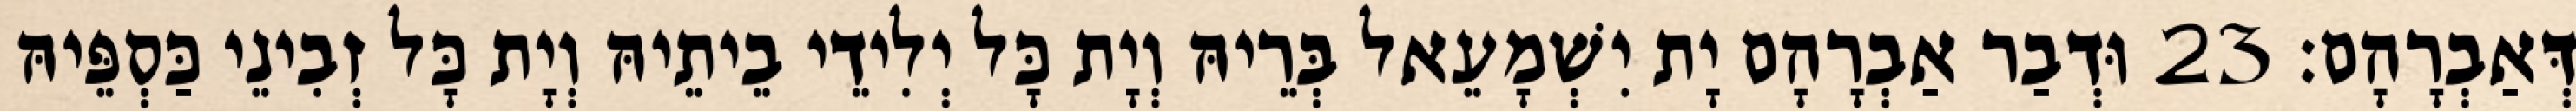
דְּאַבְרָהָם׃ 23 וּדְבַר אַבְרָהָם יָת יִשְׁמָעֵאל בְּרֵיהּ וְיָת כָּל יְלִידֵי בֵיתֵיהּ וְיָת כָּל זְבִינֵי כַּסְפֵּיהּ